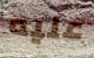
عليه